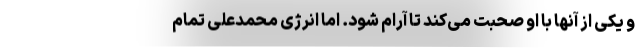
و یکی از آنها با او صحبت می‌کند تا آرام شود. اما انرژی محمد‌علی تمام